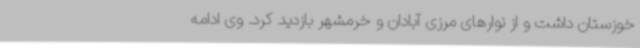
خوزستان داشت و از نوارهای مرزی آبادان و خرمشهر بازدید کرد. وی ادامه